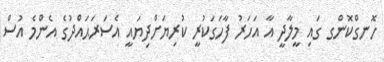
ހޮނގްކޮންގ ގައި މީލާދީ އާ އަހަރު ފާހަގަކުރީ ކުރިޔަށްދިޔައީ އެސަރަޙައްދުގެ އެންމެ އުސް